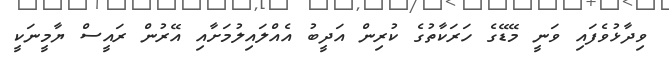
ވިދާޅުވެފައި ވަނީ މޭޑޭގެ ހަރަކާތުގެ ކުރިން އަދީބު އެއްލައިލުމަށާއި އޭރުން ރައީސް ޔާމީނަކީ